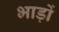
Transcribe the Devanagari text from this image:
भाड़ों